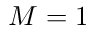
M = 1